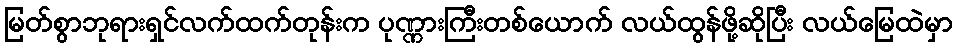
မြတ်စွာဘုရားရှင်လက်ထက်တုန်းက ပုဏ္ဏားကြီးတစ်ယောက် လယ်ထွန်ဖို့ဆိုပြီး လယ်မြေထဲမှာ